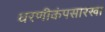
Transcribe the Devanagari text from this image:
धरणीकंपसारखा